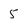
Character: 5